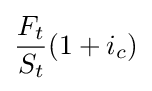
{\frac {F_{t}}{S_{t}}}(1+i_{c})